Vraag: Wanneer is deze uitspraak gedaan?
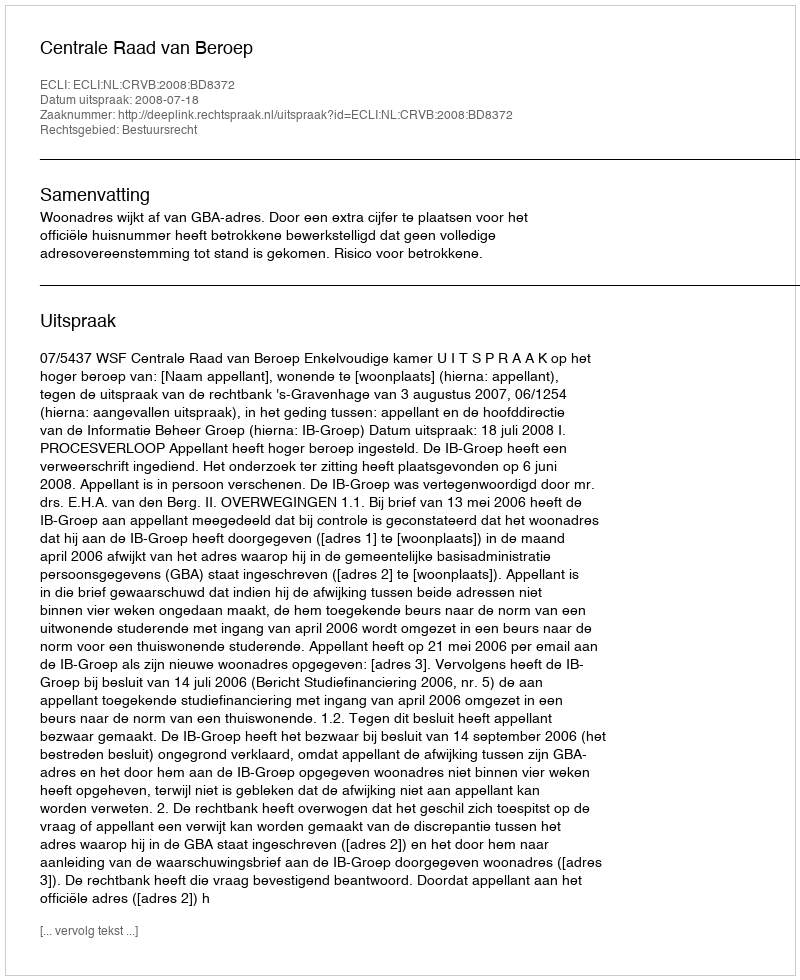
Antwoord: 2008-07-18